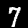
Label: 7